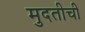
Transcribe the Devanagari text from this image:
मुदतीची